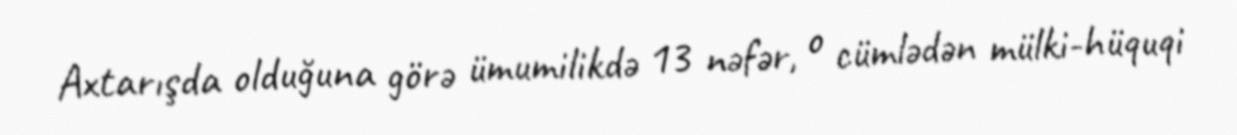
Axtarışda olduğuna görə ümumilikdə 13 nəfər, o cümlədən mülki-hüquqi